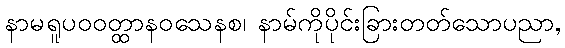
နာမရူပဝဝတ္ထာနဝသေနစ၊ နာမ်ကိုပိုင်းခြားတတ်သောပညာ,